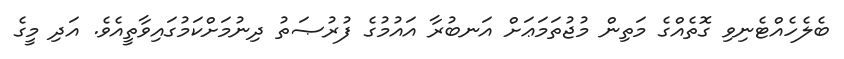
ބެލެހެއްޓެނިވި ގޮތެއްގެ މަތިން މުޖުތަމަޢަށް އަނބުރާ އައުމުގެ ފުރުޞަތު ދިނުމަށްކަމުގައިވާތީއެވެ. އަދި މީގެ